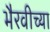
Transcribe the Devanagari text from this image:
भैरवीच्या